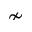
\nsim